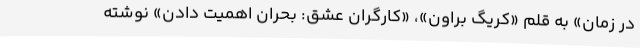
در زمان» به قلم «کریگ براون»، «کارگران عشق: بحران اهمیت دادن» نوشته